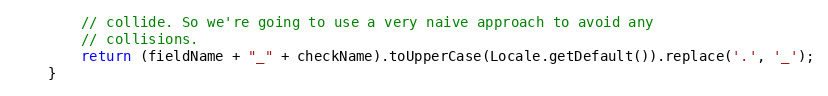
Language: Java
        // collide. So we're going to use a very naive approach to avoid any
        // collisions.
        return (fieldName + "_" + checkName).toUpperCase(Locale.getDefault()).replace('.', '_');
    }